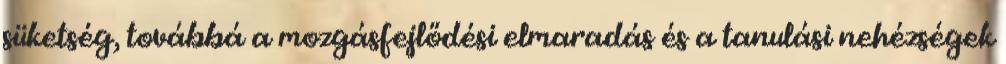
süketség, továbbá a mozgásfejlődési elmaradás és a tanulási nehézségek